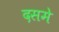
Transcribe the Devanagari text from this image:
दसमे